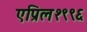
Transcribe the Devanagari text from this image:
एप्रिल१९९६